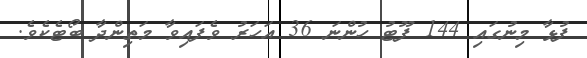
ފުޅާ މިނުގައި 144 ފޫޓު ހުންނަ 36 އަހަރު ވެފައިވާ މަތިންދާ ބޯޓެކެވެ.